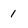
Character: 1